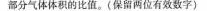
部分气体体积的比值。(保留两位有效数字)